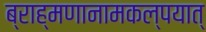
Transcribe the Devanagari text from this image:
ब्राह्मणानामकल्पयात्‌